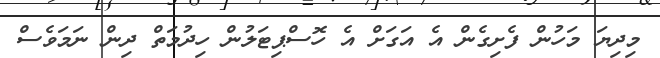
މިދިޔަ މަހުން ފެށިގެން އެ އަގަށް އެ ހޮސްޕިޓަލުން ހިދުމަތް ދިން ނަމަވެސް